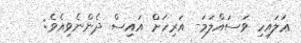
ޢަލައިހި ވަސައްލަމަ- އަރިހަށް އައިސް ދެންނެވިއެވެ: